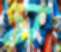
স